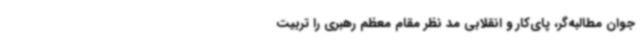
جوان مطالبه‌گر، پای‌کار و انقلابی مد نظر مقام معظم رهبری را تربیت